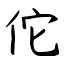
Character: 佗